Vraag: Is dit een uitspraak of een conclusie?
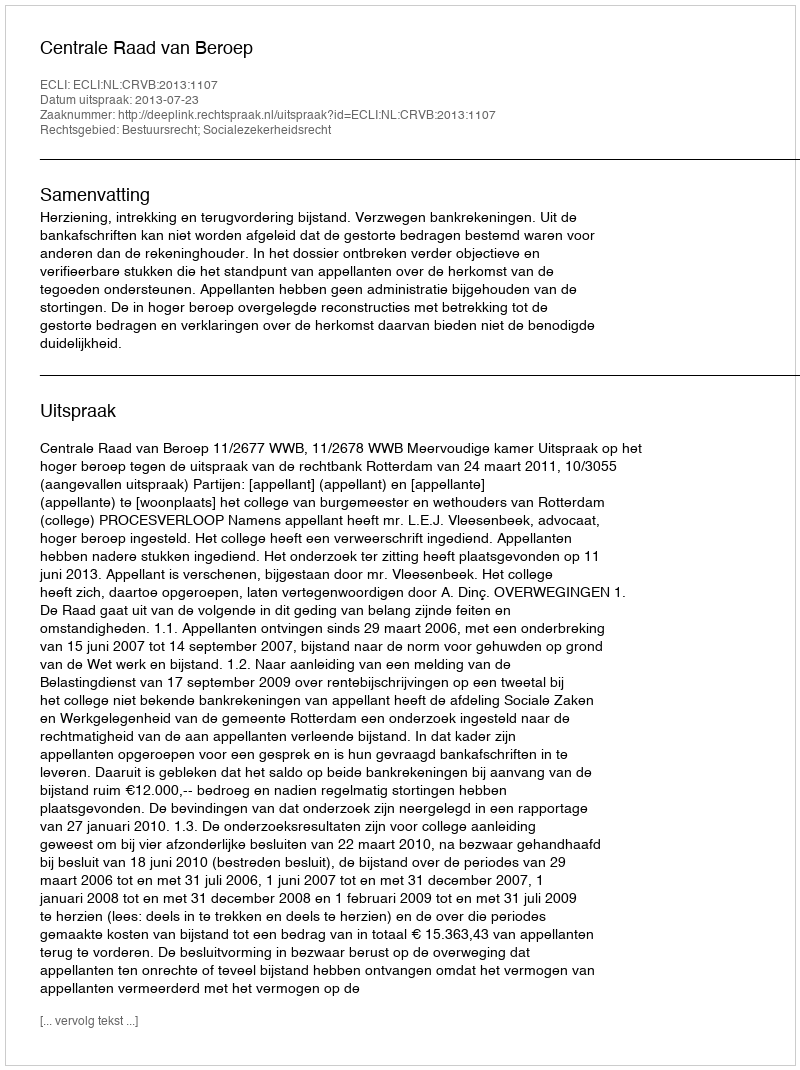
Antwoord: Uitspraak